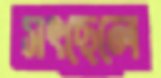
সৎছেলে